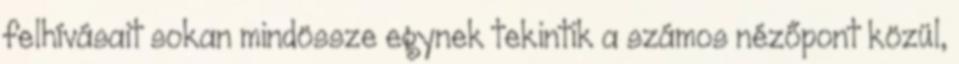
felhívásait sokan mindössze egynek tekintik a számos nézőpont közül,